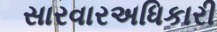
સારવારઅધિકારી